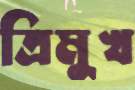
ত্রিমুখ